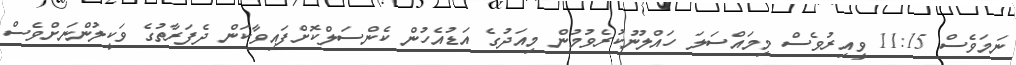
ނަމަވެސް 11:15 ވީއިރުވެސް މިމައްސަލަ ހައްލުނުކުރެވުމުން މިއަދުގެ އަޑުއެހުން ކެންސަލްކޮށްފައިވާކަން ދެފަރާތުގެ ވަކީލުންނަށްވެސް